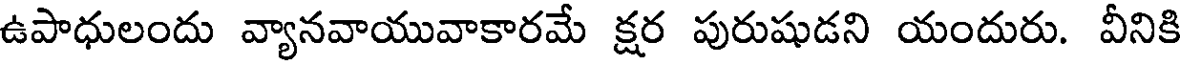
ఉపాధులందు వ్యానవాయువాకారమే క్షర పురుషుడని యందురు. వీనికి